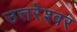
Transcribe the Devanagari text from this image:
उत्तरेश्‍वर